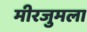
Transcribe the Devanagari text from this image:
मीरजुमला